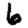
Digit: 6